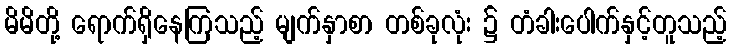
မိမိတို့ ရောက်ရှိနေကြသည့် မျက်နှာစာ တစ်ခုလုံး ၌ တံခါးပေါက်နှင့်တူသည့်